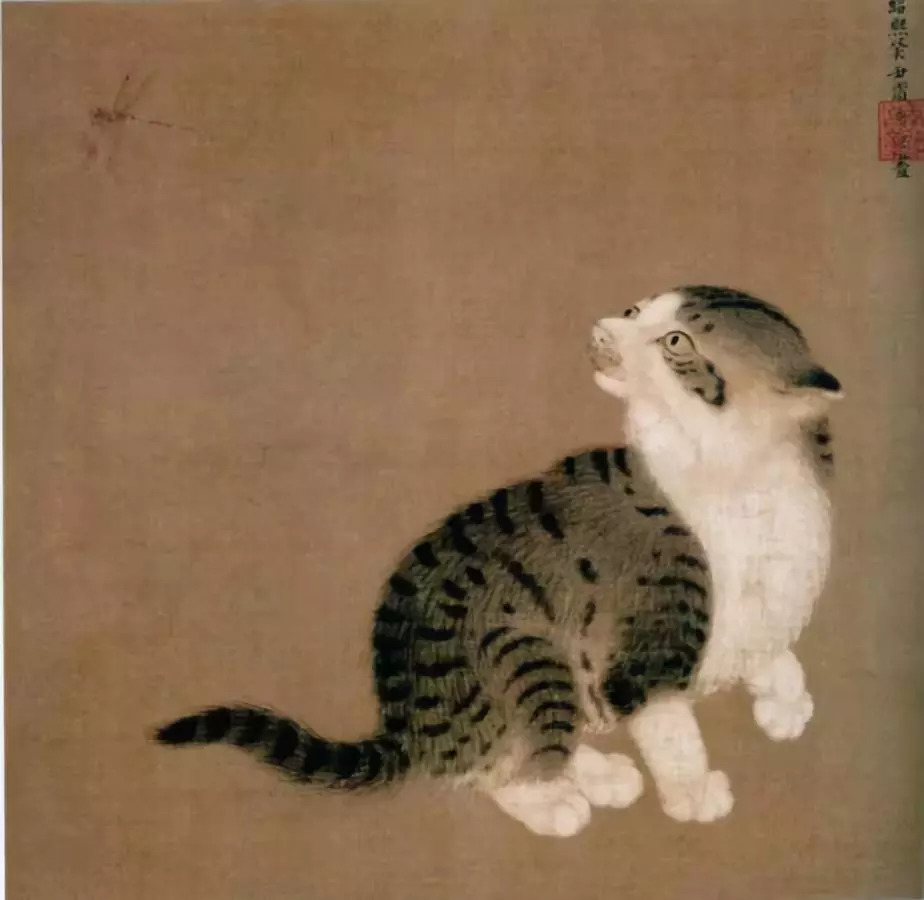
有熊有罴，有猫有虎，庆既令居，韩姞燕誉。